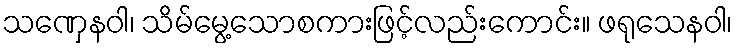
သဏှေနဝါ၊ သိမ်မွေ့သောစကားဖြင့်လည်းကောင်း။ ဖရုသေနဝါ၊